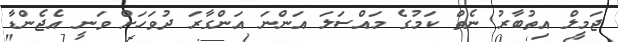
ޖަމީލް އިތުބާރު ނެތް ކަމުގެ މައްސަލަ އަންނަ އަންގާރަ ދުވަހަށް ވަނީ އެޖެންޑާ